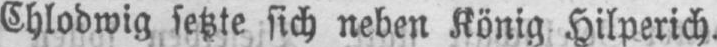
Chlodwig setzte sich neben König Hilperich.